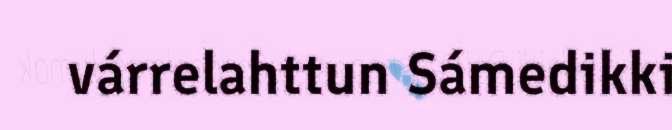
várrelahttun Sámedikki